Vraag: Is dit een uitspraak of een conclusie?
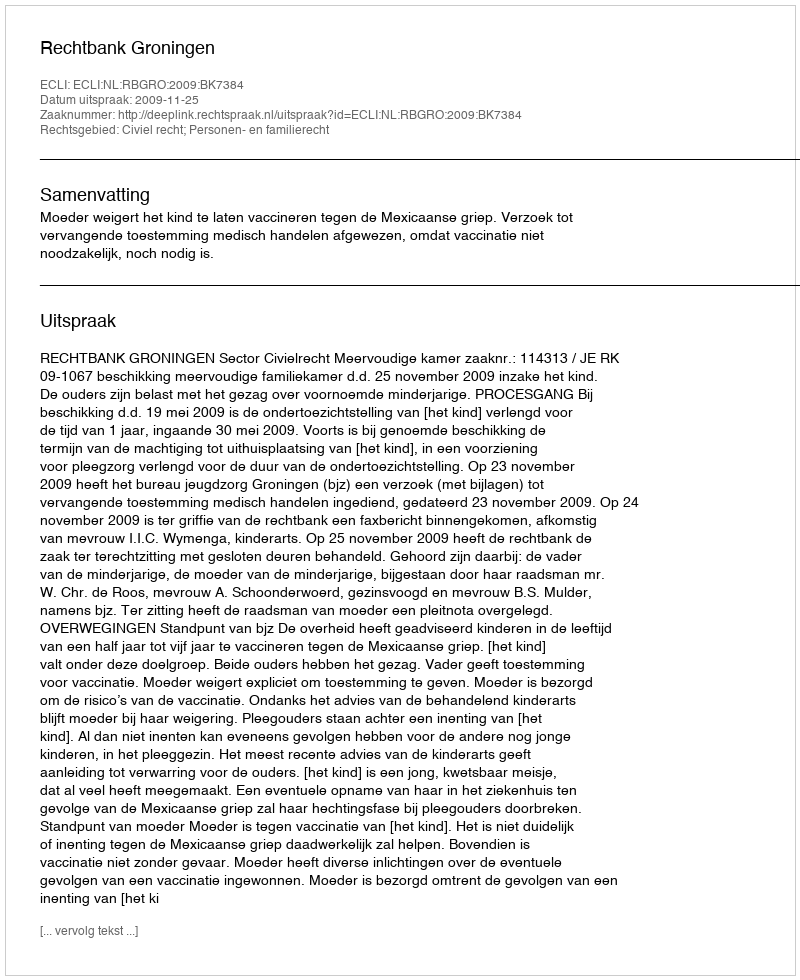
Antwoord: Uitspraak